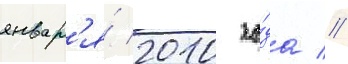
январ'я́ 2010 го́да //